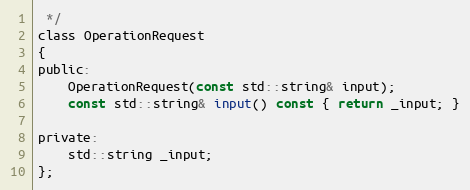
Language: C
 */
class OperationRequest
{
public:
    OperationRequest(const std::string& input);
    const std::string& input() const { return _input; }

private:
    std::string _input;
};